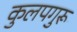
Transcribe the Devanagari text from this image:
कुलपगुरू